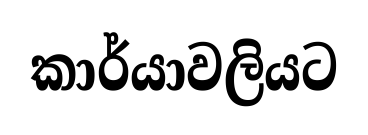
කාර්යාවලියට